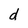
Character: d